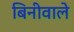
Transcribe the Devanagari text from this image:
बिनीवाले